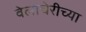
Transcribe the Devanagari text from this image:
वेलाचेरीच्या